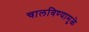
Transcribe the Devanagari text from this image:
चालविण्यामुळे